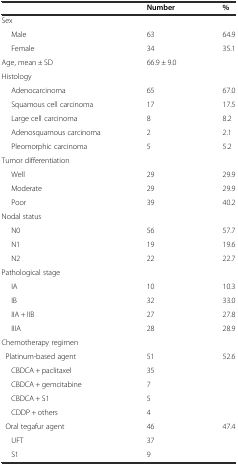
|  | Number | % |
 | --- | --- | --- |
 | Sex |  |  |
 | Male | 63 | 64.9 |
 | Female | 34 | 35.1 |
 | Age, mean ± SD | 66.9 ± 9.0 |  |
 | Histology |  |  |
 | Adenocarcinoma | 65 | 67.0 |
 | Squamous cell carcinoma | 17 | 17.5 |
 | Large cell carcinoma | 8 | 8.2 |
 | Adenosquamous carcinoma | 2 | 2.1 |
 | Pleomorphic carcinoma | 5 | 5.2 |
 | Tumor differentiation |  |  |
 | Well | 29 | 29.9 |
 | Moderate | 29 | 29.9 |
 | Poor | 39 | 40.2 |
 | Nodal status |  |  |
 | N0 | 56 | 57.7 |
 | N1 | 19 | 19.6 |
 | N2 | 22 | 22.7 |
 | Pathological stage |  |  |
 | IA | 10 | 10.3 |
 | IB | 32 | 33.0 |
 | IIA + IIB | 27 | 27.8 |
 | IIIA | 28 | 28.9 |
 | Chemotherapy regimen |  |  |
 | Platinum-based agent | 51 | 52.6 |
 | CBDCA + paclitaxel | 35 |  |
 | CBDCA + gemcitabine | 7 |  |
 | CBDCA + S1 | 5 |  |
 | CDDP + others | 4 |  |
 | Oral tegafur agent | 46 | 47.4 |
 | UFT | 37 |  |
 | S1 | 9 |  |